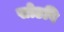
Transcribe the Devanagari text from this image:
सोडवि